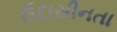
ઉદાસીનતા